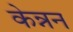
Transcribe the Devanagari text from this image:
केन्नन